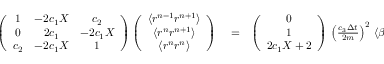
\begin{array} { r l r } { \left( \begin{array} { c c c } { 1 } & { - 2 c _ { 1 } X } & { c _ { 2 } } \\ { 0 } & { 2 c _ { 1 } } & { - 2 c _ { 1 } X } \\ { c _ { 2 } } & { - 2 c _ { 1 } X } & { 1 } \end{array} \right) \left( \begin{array} { c } { \langle r ^ { n - 1 } r ^ { n + 1 } \rangle } \\ { \langle r ^ { n } r ^ { n + 1 } \rangle } \\ { \langle r ^ { n } r ^ { n } \rangle } \end{array} \right) } & { { } = } & { \left( \begin{array} { c } { 0 } \\ { 1 } \\ { 2 c _ { 1 } X + 2 } \end{array} \right) \, \left( \frac { c _ { 3 } \Delta { t } } { 2 m } \right) ^ { 2 } \, \langle \beta ^ { n } \beta ^ { n } \rangle \, . } \end{array}